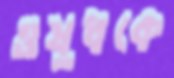
ওষুধকে